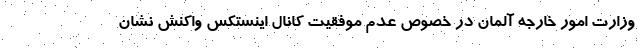
وزارت امور خارجه آلمان در خصوص عدم موفقیت کانال اینستکس واکنش نشان